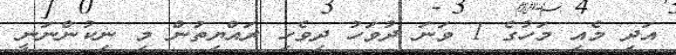
އަދި މެއި މަހުގެ 1 ވަނަ ދުވަހު ދިވެހި ރައްޔިތުން މި ނިކުންނަނީ